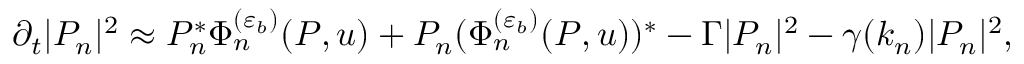
\partial _ { t } | P _ { n } | ^ { 2 } \approx P _ { n } ^ { \ast } \Phi _ { n } ^ { ( \varepsilon _ { b } ) } ( P , u ) + P _ { n } ( \Phi _ { n } ^ { ( \varepsilon _ { b } ) } ( P , u ) ) ^ { \ast } - \Gamma | P _ { n } | ^ { 2 } - \gamma ( k _ { n } ) | P _ { n } | ^ { 2 } ,